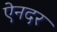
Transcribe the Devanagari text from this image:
ऐनदर